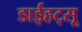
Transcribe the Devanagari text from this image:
डाईहट्सू